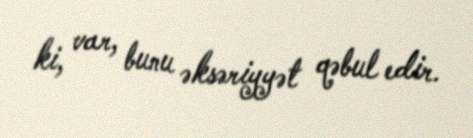
ki, var, bunu əksəriyyət qəbul edir.